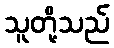
သူတို့သည်